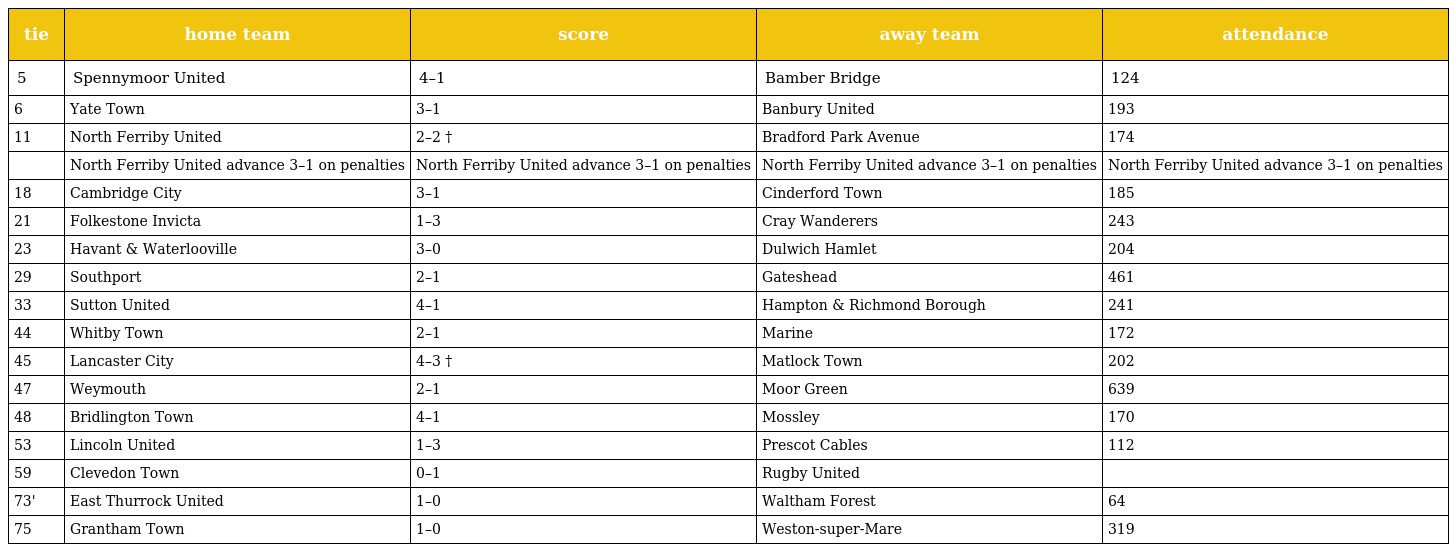
| tie | home team | score | away team | attendance |
 | --- | --- | --- | --- | --- |
 | 5 | Spennymoor United | 4–1 | Bamber Bridge | 124 |
 | 6 | Yate Town | 3–1 | Banbury United | 193 |
 | 11 | North Ferriby United | 2–2 † | Bradford Park Avenue | 174 |
 |  | North Ferriby United advance 3–1 on penalties | North Ferriby United advance 3–1 on penalties | North Ferriby United advance 3–1 on penalties | North Ferriby United advance 3–1 on penalties |
 | 18 | Cambridge City | 3–1 | Cinderford Town | 185 |
 | 21 | Folkestone Invicta | 1–3 | Cray Wanderers | 243 |
 | 23 | Havant & Waterlooville | 3–0 | Dulwich Hamlet | 204 |
 | 29 | Southport | 2–1 | Gateshead | 461 |
 | 33 | Sutton United | 4–1 | Hampton & Richmond Borough | 241 |
 | 44 | Whitby Town | 2–1 | Marine | 172 |
 | 45 | Lancaster City | 4–3 † | Matlock Town | 202 |
 | 47 | Weymouth | 2–1 | Moor Green | 639 |
 | 48 | Bridlington Town | 4–1 | Mossley | 170 |
 | 53 | Lincoln United | 1–3 | Prescot Cables | 112 |
 | 59 | Clevedon Town | 0–1 | Rugby United |  |
 | 73' | East Thurrock United | 1–0 | Waltham Forest | 64 |
 | 75 | Grantham Town | 1–0 | Weston-super-Mare | 319 |